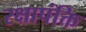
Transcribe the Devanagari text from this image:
रक्षापंक्ति